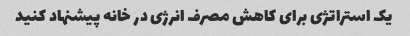
یک استراتژی برای کاهش مصرف انرژی در خانه پیشنهاد کنید